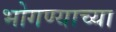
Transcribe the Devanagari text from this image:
भोगण्याच्या